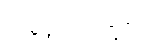
သမုဒ္ဒရာအတွင်း